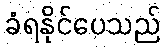
ခံရနိုင်ပေသည်